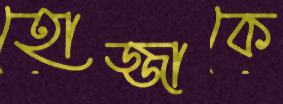
হোজ্জাকে